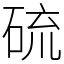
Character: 硫